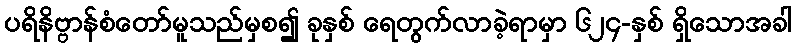
ပရိနိဗ္ဗာန်စံတော်မူသည်မှစ၍ ခုနှစ် ရေတွက်လာခဲ့ရာမှာ ၆၂၄-နှစ် ရှိသောအခါ